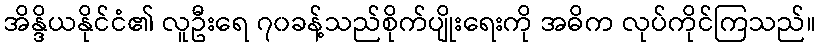
အိန္ဒိယနိုင်ငံ၏ လူဦးရေ ၇၀ခန့်သည်စိုက်ပျိုးရေးကို အဓိက လုပ်ကိုင်ကြသည်။